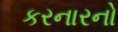
કરનારનો